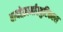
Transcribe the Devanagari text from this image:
बायोफ़ार्मास्युटिकल्स